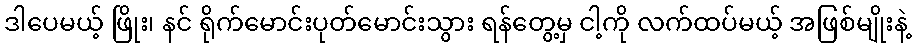
ဒါပေမယ့် ဖြိုး၊ နင် ရိုက်မောင်းပုတ်မောင်းသွား ရန်တွေ့မှ ငါ့ကို လက်ထပ်မယ့် အဖြစ်မျိုးနဲ့